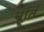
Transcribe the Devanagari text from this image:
मूर्तिं